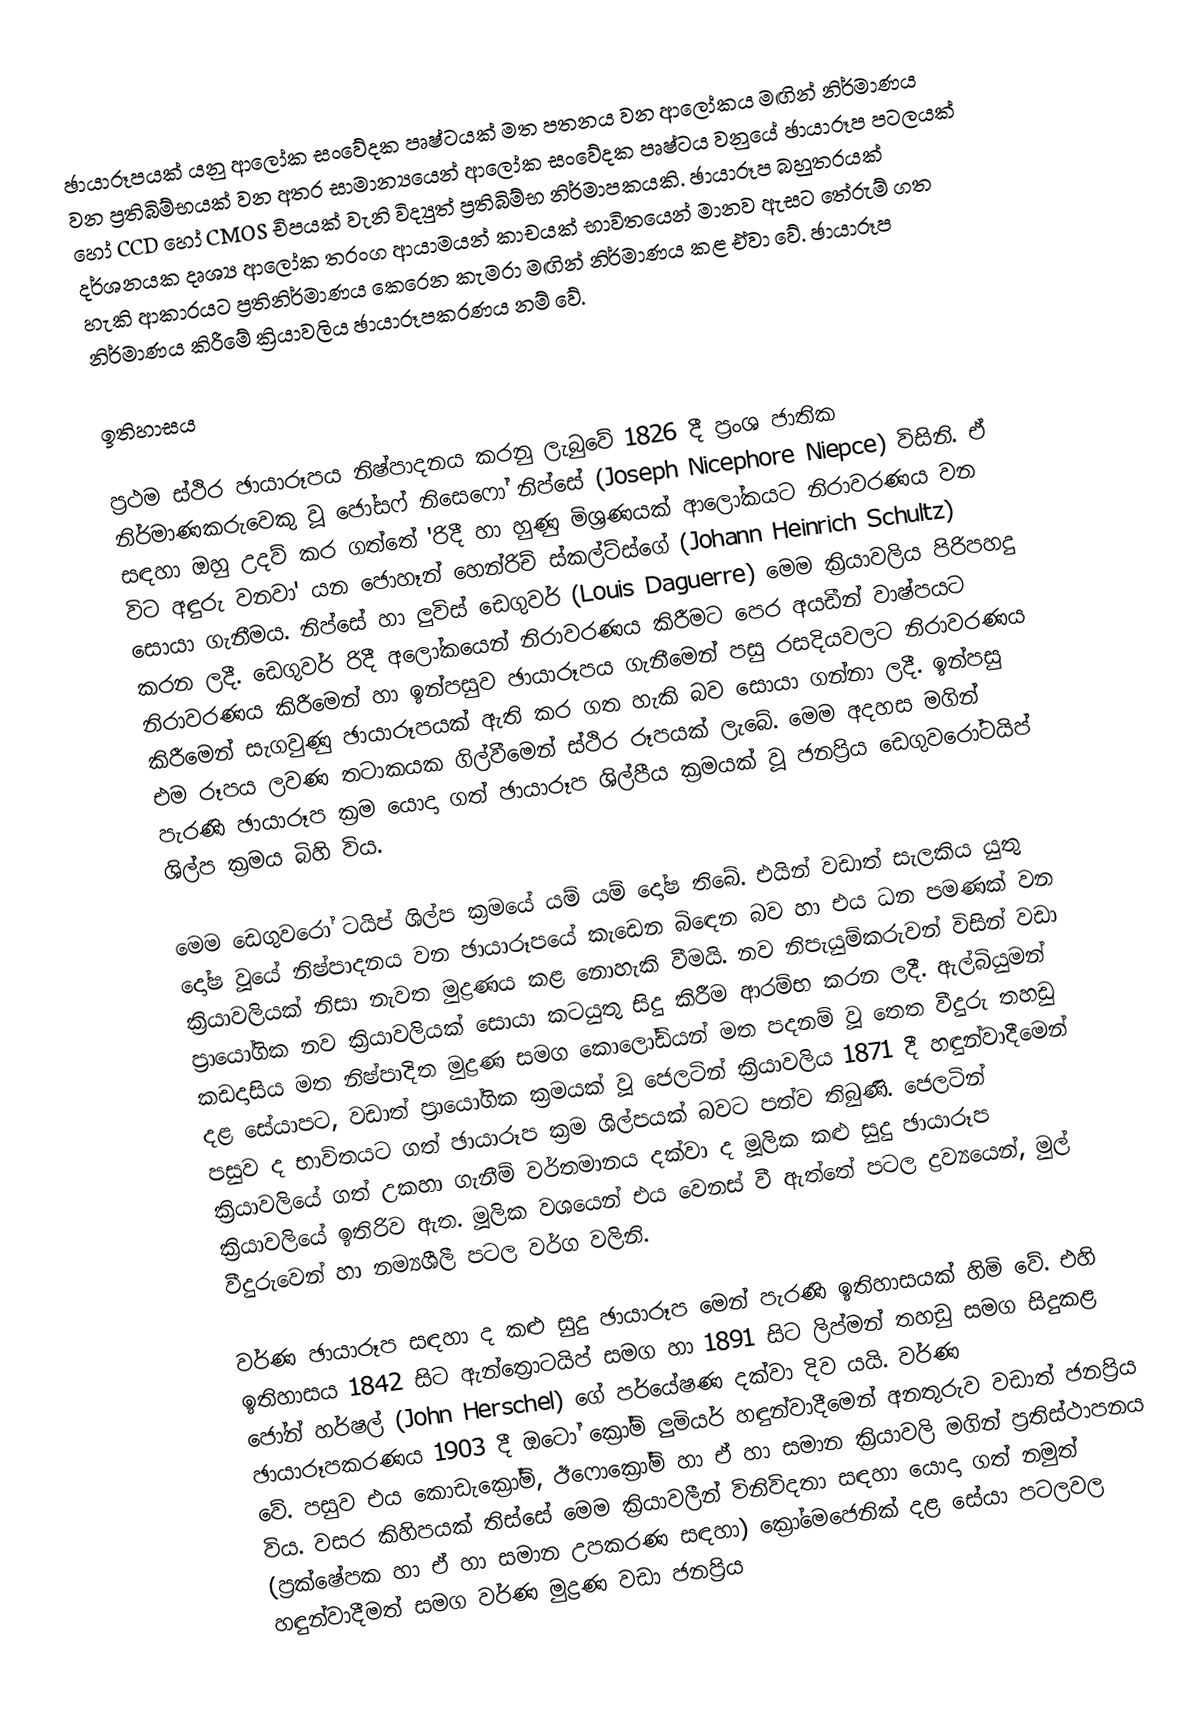
ඡායාරූපයක් යනු ආලෝක සංවේදක පෘෂ්ටයක් මත පතනය වන ආලෝකය මඟින් නිර්මාණය වන ප්‍රතිබිම්භයක් වන අතර සාමාන්‍යයෙන් ආලෝක සංවේදක පෘෂ්ටය වනුයේ ඡායාරූප පටලයක් හෝ CCD හෝ CMOS චිපයක් වැනි විද්‍යුත් ප්‍රතිබිම්භ නිර්මාපකයකි. ඡායාරූප බහුතරයක් දර්ශනයක දෘශ්‍ය ආලෝක තරංග ආයාමයන් කාචයක් භාවිතයෙන් මානව ඇසට තේරුම් ගත හැකි ආකාරයට ප්‍රතිනිර්මාණය කෙරෙන කැමරා මඟින් නිර්මාණය කළ ඒවා වේ. ඡායාරූප නිර්මාණය කිරීමේ ක්‍රියාවලිය ඡායාරූපකරණය නම් වේ.

ඉතිහාසය

ප්‍රථම ස්ථිර ඡායාරූපය නිෂ්පාදනය කරනු ලැබුවේ 1826 දී ප්‍රංශ ජාතික නිර්මාණකරුවෙකු වූ ජෝසෆ් නිසෙෆෝ නිප්සේ (Joseph Nicephore Niepce) විසිනි. ඒ සඳහා ඔහු උදව් කර ගත්තේ 'රිදී හා හුණු මිශ්‍රණයක් ආලෝකයට නිරාවරණය වන විට අඳුරු වනවා' යන ජොහෑන් හෙන්රිච් ස්කල්ට්ස්ගේ (Johann Heinrich Schultz) සොයා ගැනීමය. නිප්සේ හා ලුවිස් ඩෙගුවර් (Louis Daguerre) මෙම ක්‍රියාවලිය පිරිපහදු කරන ලදී. ඩෙගුවර් රිදී අලෝකයෙන් නිරාවරණය කිරීමට පෙර අයඩීන් වාෂ්පයට නිරාවරණය කිරීමෙන් හා ඉන්පසුව ඡායාරූපය ගැනීමෙන් පසු රසදියවලට නිරාවරණය කිරීමෙන් සැගවුණු ඡායාරූපයක් ඇති කර ගත හැකි බව සොයා ගන්නා ලදී. ඉන්පසු එම රූපය ලවණ තටාකයක ගිල්වීමෙන් ස්ථිර රූපයක් ලැබේ. මෙම අදහස මගින් පැරණි ඡායාරූප ක්‍රම යොදා ගත් ඡායාරූප ශිල්පීය ක්‍රමයක් වූ ජනප්‍රිය ඩෙගුවරෝටයිප් ශිල්ප ක්‍රමය බිහි විය.

මෙම ඩෙගුවරෝ ටයිප් ශිල්ප ක්‍රමයේ යම් යම් දෝෂ තිබේ. එයින් වඩාත් සැලකිය යුතු දෝෂ වූයේ නිෂ්පාදනය වන ඡායාරූපයේ කැඩෙන බිඳෙන බව හා එය ධන පමණක් වන ක්‍රියාවලියක් නිසා නැවත මුද්‍රණය කළ නොහැකි වීමයි. නව නිපැයුම්කරුවන් විසින් වඩා ප්‍රායෝගික නව ක්‍රියාවලියක් සොයා කටයුතු සිදු කිරීම ආරම්භ කරන ලදී. ඇල්බියුමන් කඩදාසිය මත නිෂ්පාදිත මුද්‍රණ සමග කොලෝඩියන් මත පදනම් වූ තෙත වීදුරු තහඩු දළ සේයාපට, වඩාත් ප්‍රායෝගික ක්‍රමයක් වූ ජෙලටින් ක්‍රියාවලිය 1871 දී හඳුන්වාදීමෙන් පසුව ද භාවිතයට ගත් ඡායාරූප ක්‍රම ශිල්පයක් බවට පත්ව තිබුණි. ජෙලටින් ක්‍රියාවලියේ ගත් උකහා ගැනීම් වර්තමානය දක්වා ද මූලික කළු සුදු ඡායාරූප ක්‍රියාවලියේ ඉතිරිව ඇත. මූලික වශයෙන් එය වෙනස් වී ඇත්තේ පටල ද්‍රව්‍යයෙන්, මුල් වීදුරුවෙන් හා නම්‍යශීලී පටල වර්ග වලිනි.

වර්ණ ඡායාරූප සඳහා ද කළු සුදු ඡායාරූප මෙන් පැරණි ඉතිහාසයක් හිමි වේ. එහි ඉතිහාසය 1842 සිට ඇන්ත්‍රොටයිප් සමග හා 1891 සිට ලිප්මන් තහඩු සමග සිදුකළ ජෝන් හර්ෂල් (John Herschel) ගේ පර්යේෂණ දක්වා දිව යයි. වර්ණ ඡායාරූපකරණය 1903 දී ඔටෝ ක්‍රෝම් ලුමියර් හඳුන්වාදීමෙන් අනතුරුව වඩාත් ජනප්‍රිය වේ. පසුව එය කොඩැක්‍රෝම්, ඊෆොක්‍රෝම් හා ඒ හා සමාන ක්‍රියාවලි මගින් ප්‍රතිස්ථාපනය විය. වසර කිහිපයක් තිස්සේ මෙම ක්‍රියාවලීන් විනිවිදතා සඳහා යොදා ගත් නමුත් (ප්‍රක්ෂේපක හා ඒ හා සමාන උපකරණ සඳහා) ක්‍රෝමෙජෙනික් දළ සේයා පටලවල හඳුන්වාදීමත් සමග වර්ණ මුද්‍රණ වඩා ජනප්‍රිය